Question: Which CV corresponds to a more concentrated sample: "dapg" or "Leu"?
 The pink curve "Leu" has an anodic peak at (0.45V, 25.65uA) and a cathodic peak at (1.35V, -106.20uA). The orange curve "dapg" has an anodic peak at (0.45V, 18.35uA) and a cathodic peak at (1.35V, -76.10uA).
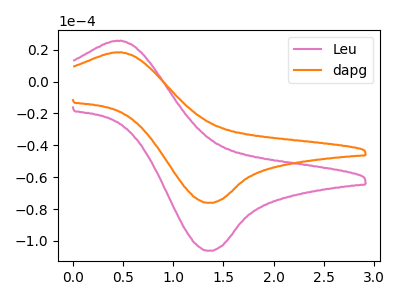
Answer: <think>All the peaks in "dapg" have a peak in "Leu" at the same potential. Every peak in "dapg" is lower than every peak in "Leu".
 </think>
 <answer>"dapg" has less signal than "Leu" and so likely has a lower concentration.</answer>
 <eval>less_concentration</eval>